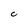
Character: C